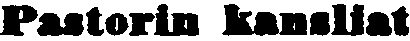
Pastorin kansliat